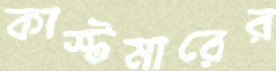
কাস্টমারের